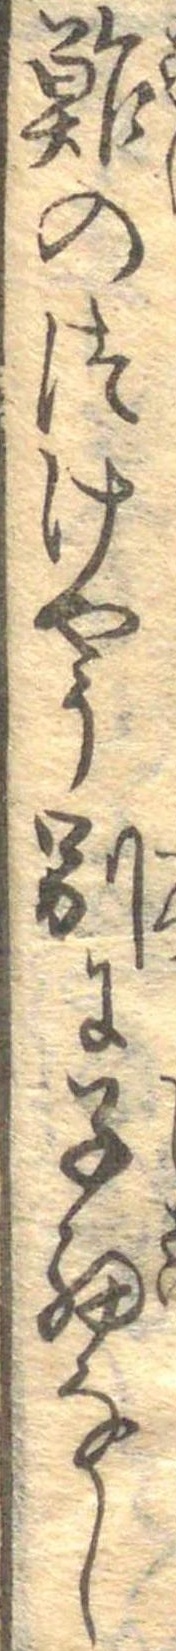
鮓のつけやう別に子細なし